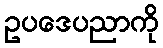
ဥပဒေပညာကို